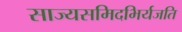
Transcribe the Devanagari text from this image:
साज्यसमिदभिर्यजति